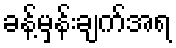
ခန့်မှန်းချက်အရ